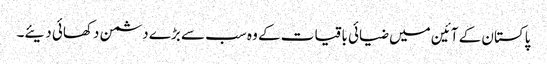
پاکستان کے آئین میں ضیائی باقیات کے وہ سب سے بڑے دشمن دکھائی دیئے۔